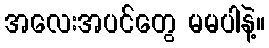
အလေးအပင်တွေ မမပါနဲ့။